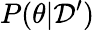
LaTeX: P(\theta|\mathcal{D}^{\prime})